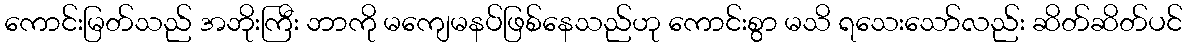
ကောင်းမြတ်သည် အဘိုးကြီး ဘာကို မကျေမနပ်ဖြစ်နေသည်ဟု ကောင်းစွာ မသိ ရသေးသော်လည်း ဆိတ်ဆိတ်ပင်